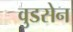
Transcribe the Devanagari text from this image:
वुडसेन